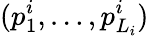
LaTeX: (p_{1}^{i},\dots,p_{L_{i}}^{i})